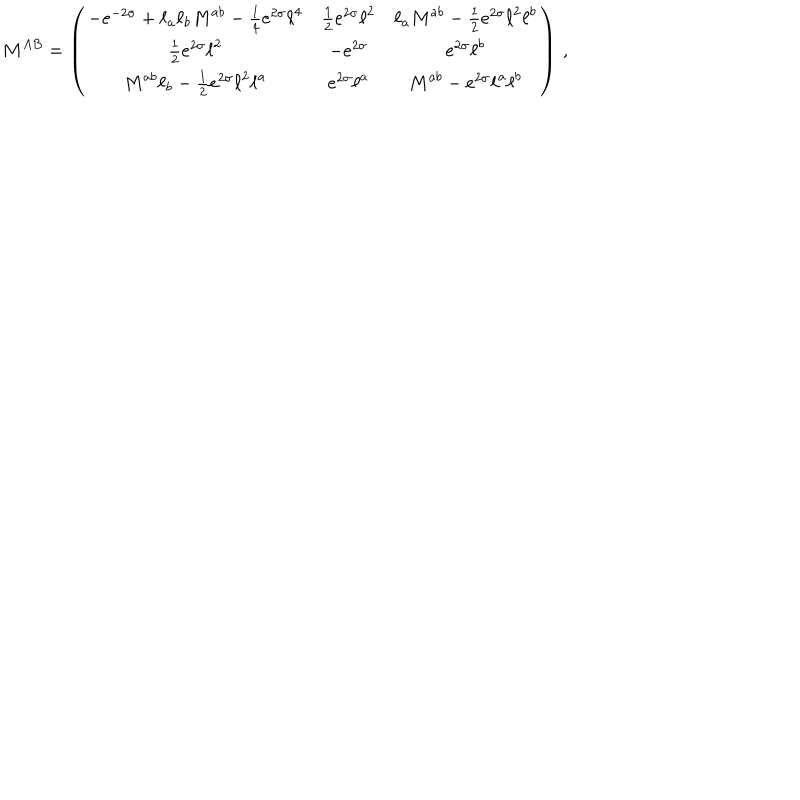
M ^ { A B } = \left( \begin{array} { c c c } { { - e ^ { - 2 \sigma } + \ell _ { a } \ell _ { b } { { M } } ^ { a b } - \frac { 1 } { 4 } e ^ { 2 \sigma } { \ell } ^ { 4 } } } & { { \frac { 1 } { 2 } e ^ { 2 { \sigma } } { \ell } ^ { 2 } } } & { { { \ell } _ { a } { M } ^ { a b } - \frac { 1 } { 2 } e ^ { 2 { \sigma } } { \ell } ^ { 2 } { \ell } ^ { b } } } \\ { { \frac { 1 } { 2 } e ^ { 2 { \sigma } } { \ell } ^ { 2 } } } & { { - e ^ { 2 \sigma } } } & { { e ^ { 2 { \sigma } } { \ell } ^ { b } } } \\ { { { M } ^ { a b } { \ell } _ { b } - \frac { 1 } { 2 } e ^ { 2 { \sigma } } { \ell } ^ { 2 } { \ell } ^ { a } } } & { { e ^ { 2 { \sigma } } { \ell } ^ { a } } } & { { { M } ^ { a b } - e ^ { 2 \sigma } { \ell } ^ { a } { \ell } ^ { b } } } \\ \end{array} \right) \, ,